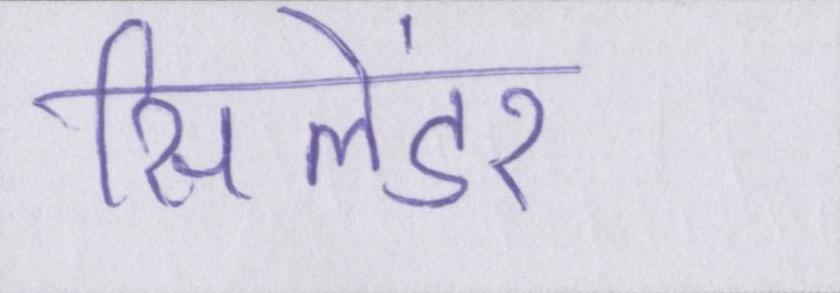
सिलेंडर